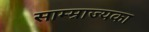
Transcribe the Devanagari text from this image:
साम्म्राज्यका